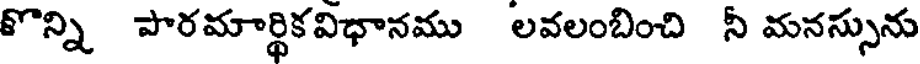
కొన్ని పారమార్థికవిధానము లవలంబించి నీ మనస్సును